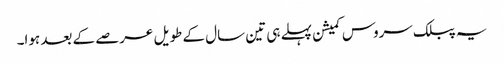
یہ پبلک سروس کمیشن پہلے ہی تین سال کے طویل عرصے کے بعد ہوا۔